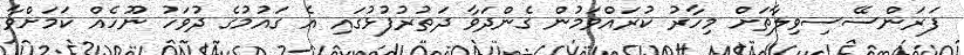
ފަރަންސޭސިވިލާތަށް މިހާރު ކުރައްވަމުން ގެންދަވާ ދަތުރުފުޅުގައި އެ ގައުމުގެ ދުވަހު ނޫހެއް ކަމަށްވާ